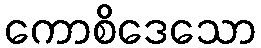
ကောစိဒေသော